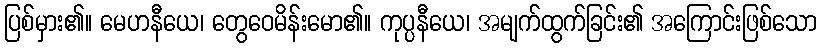
ပြစ်မှား၏။ မေဟနီယေ၊ တွေဝေမိန်းမော၏။ ကုပ္ပနီယေ၊ အမျက်ထွက်ခြင်း၏ အကြောင်းဖြစ်သော